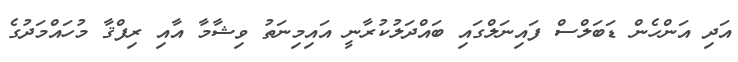
އަދި އަންހެން ޑަބަލްސް ފައިނަލްގައި ބައްދަލުކުރާނީ އައިމިނަތު ވިޝާމާ އާއި ރިފްޤާ މުހައްމަދުގެ